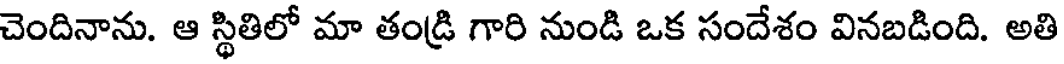
చెందినాను. ఆ స్థితిలో మా తండ్రి గారి నుండి ఒక సందేశం వినబడింది. అతి